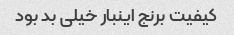
کیفیت برنج اینبار خیلی بد بود